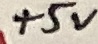
Text: +5V